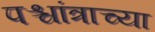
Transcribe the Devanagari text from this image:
पश्चांत्राच्या